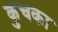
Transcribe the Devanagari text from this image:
कुचका